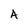
Character: A